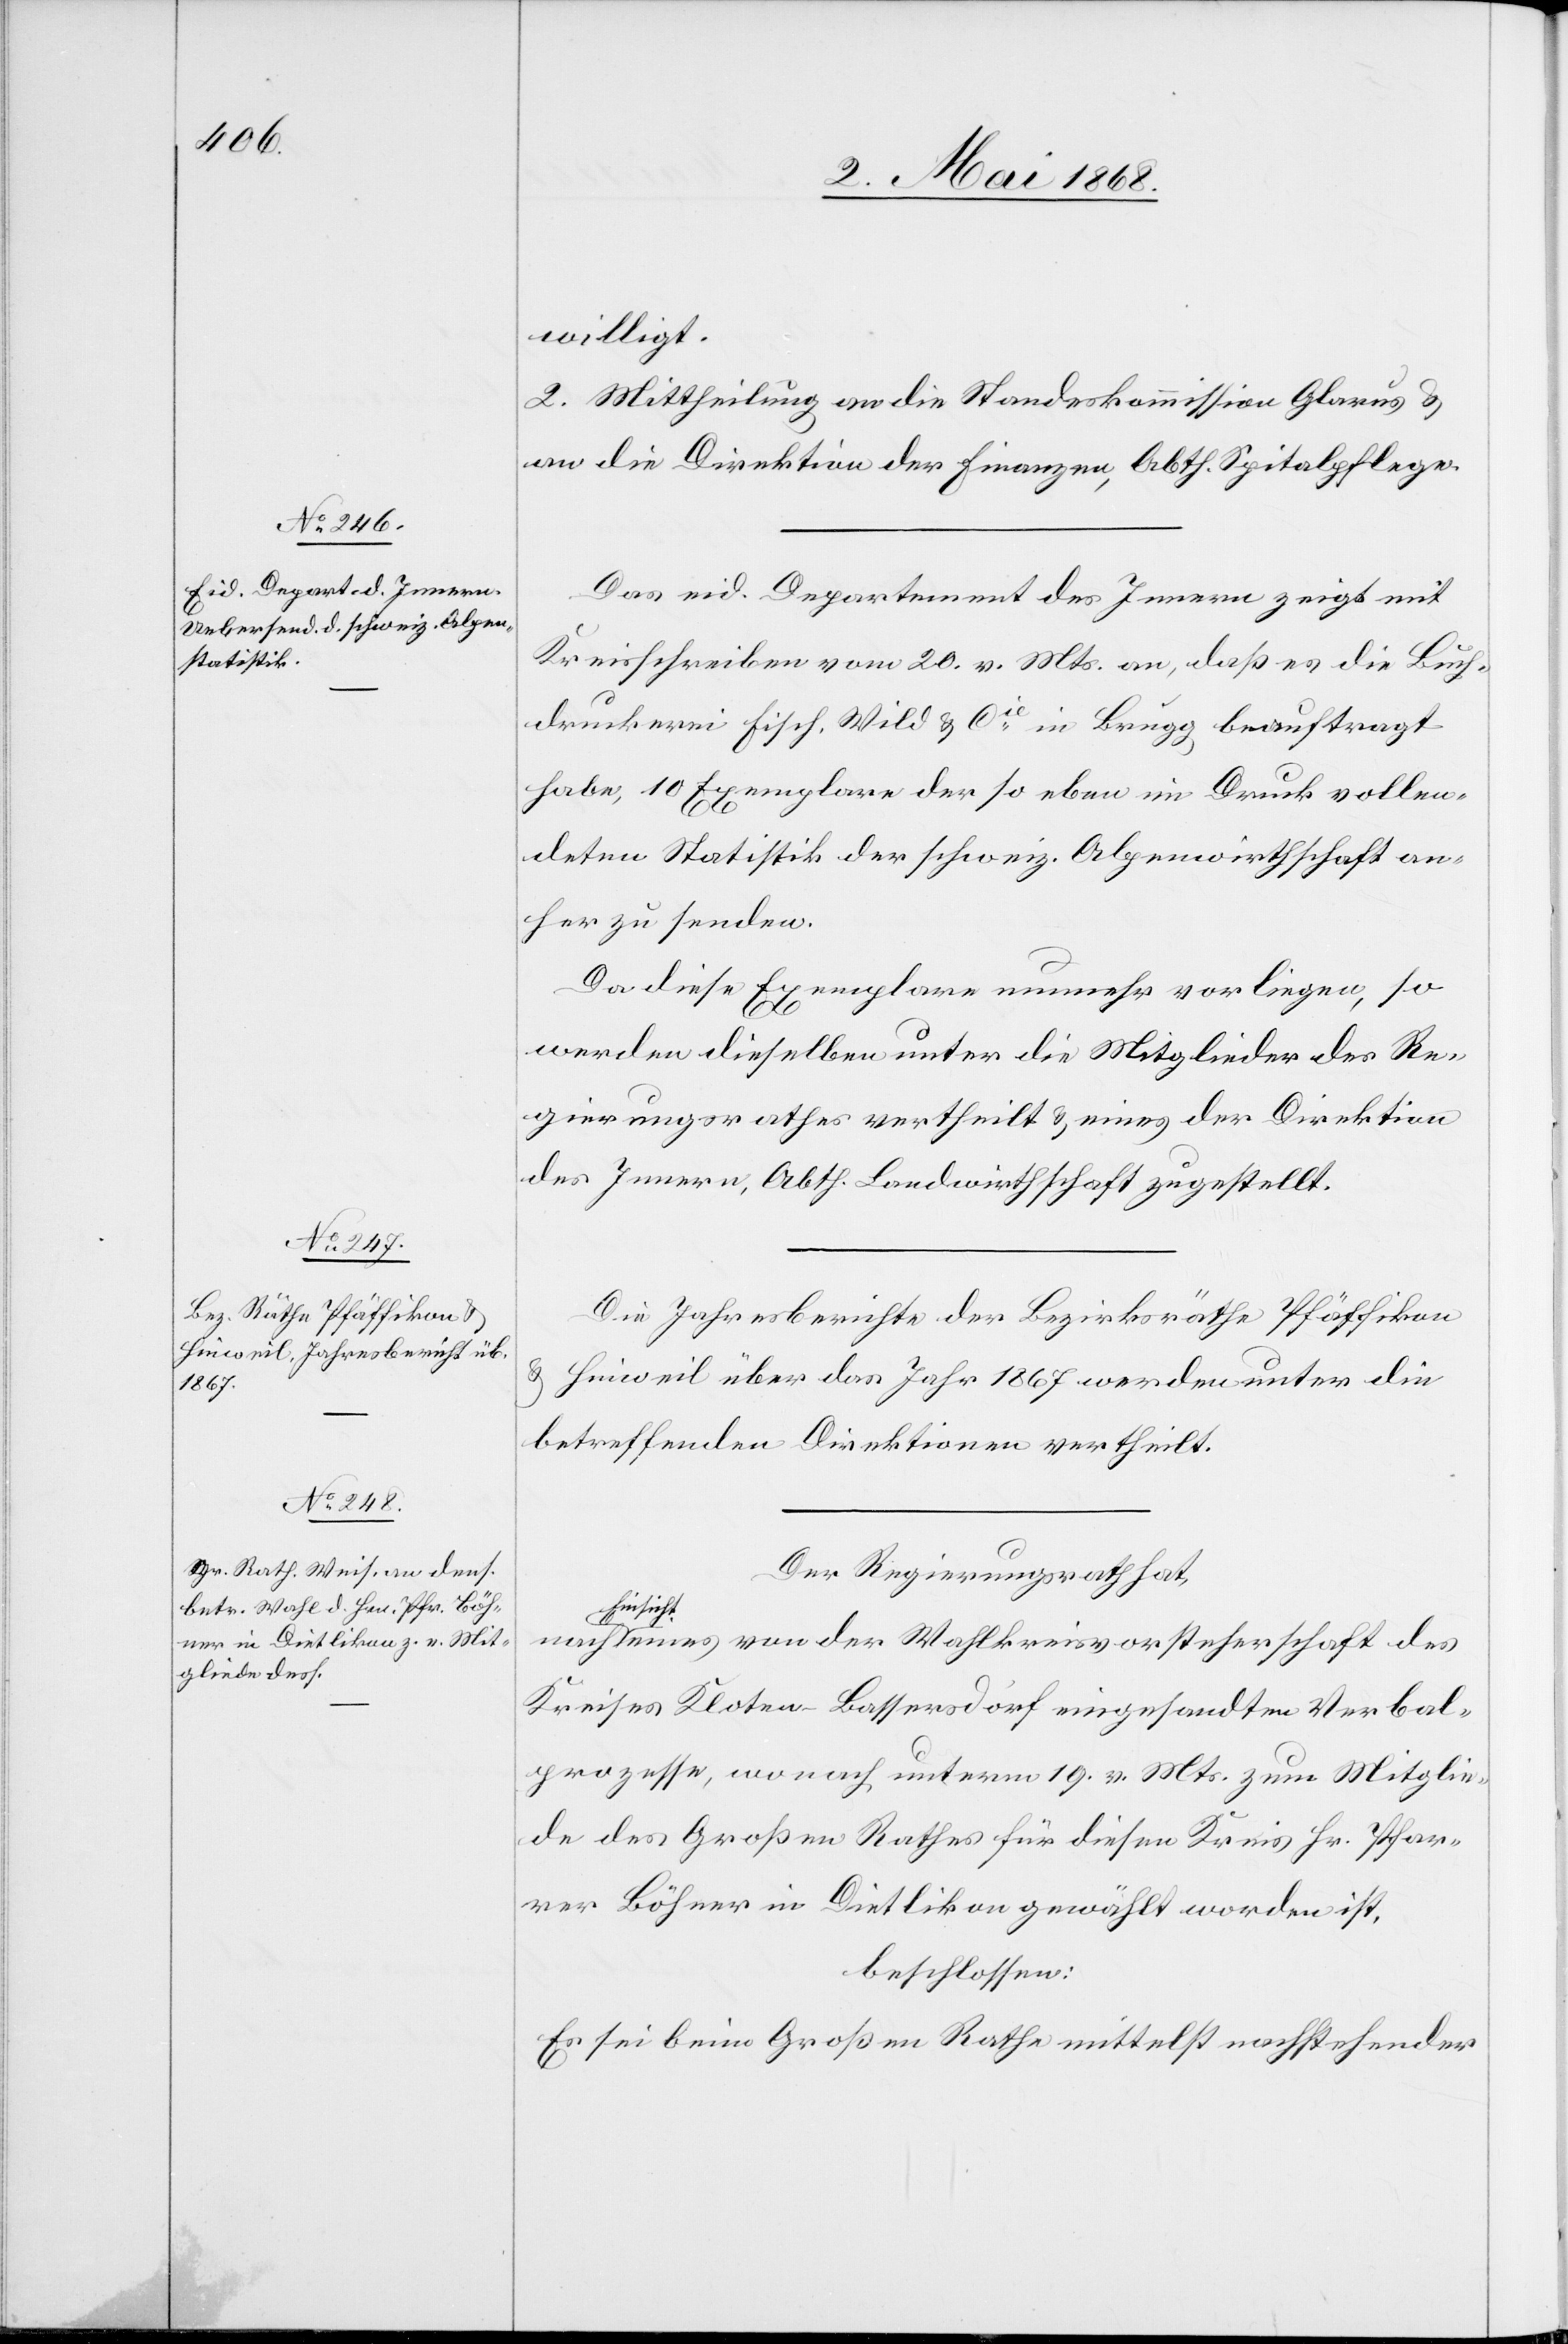
willigt.
2. Mittheilung an die Standeskommission Glarus &
an die Direktion der Finanzen, Abth. Spitalpflege.
Das eid. Departement des Innern zeigt mit
Kreisschreiben vom 20. v. Mts. an, daß es die Buch¬
druckerei Fisch, Wild & Cie. in Brugg beauftragt
habe, 10 Exemplare der so eben im Druck vollen¬
deten Statistik der schweiz. Alpenwirthschaft an¬
her zu senden.
Da diese Exemplare nunmehr vorliegen, so
werden dieselben unter die Mitglieder des Re¬
gierungsrathes vertheilt & eines der Direktion
des Innern, Abth. Landwirthschaft zugestellt.
Die Jahresberichte der Bezirksräthe Pfäffikon
& Hinweil über das Jahr 1867 werden unter die
betreffenden Direktionen vertheilt.
Der Regierungsrath hat,
nsicht eines von der Wahlkreisvorsteherschaft des
Ei¬
Kreises Kloten-Bassersdorf eingesandten Verbal¬
prozesse[s], wonach unterm 19. v. Mts. zum Mitglie¬
de des Großen Rathes für diesen Kreis Hr. Pfar¬
rer Böhner in Dietlikon gewählt worden ist,
beschlossen:
Es sei beim Großen Rathe mittelst nachstehender